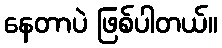
နေတာပဲ ဖြစ်ပါတယ်။